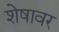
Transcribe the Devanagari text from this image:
शेषावर